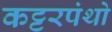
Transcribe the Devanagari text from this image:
कट्टरपंथो